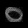
Digit: ၀